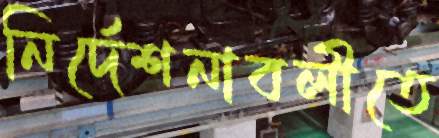
নির্দেশনাবলীতে